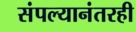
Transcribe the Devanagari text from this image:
संपल्यानंतरही